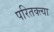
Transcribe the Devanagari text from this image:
परितक्त्या